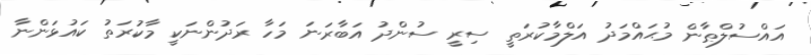
އައްސުލްޠާން މުޙައްމަދު އަލްމާކުރަތީ ސިރީ ސުންދު އަބާރަނަ މަހާ ރަދުންނަކީ މާކުރަތު ކައުޅަންނާ